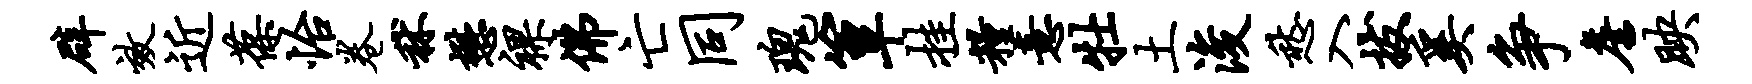
辟效近葆怡卷秫懋裸佛亡同瑰簟挂粮意牡土浚愁入拔奚争詹映